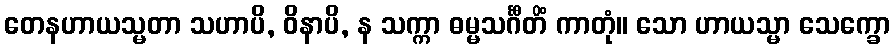
တေနဟာယသ္မတာ သဟာပိ, ဝိနာပိ, န သက္ကာ ဓမ္မသင်္ဂီတိံ ကာတုံ။ သော ဟာယသ္မာ သေက္ခော